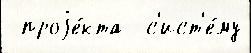
 проjе́кта  с'ист'е́му